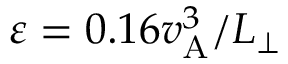
\varepsilon = 0 . 1 6 v _ { \mathrm { A } } ^ { 3 } / L _ { \perp }